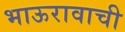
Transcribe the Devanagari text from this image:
भाऊरावाची